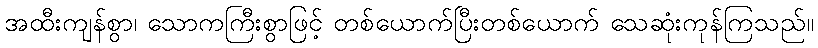
အထီးကျန်စွာ၊ သောကကြီးစွာဖြင့် တစ်ယောက်ပြီးတစ်ယောက် သေဆုံးကုန်ကြသည်။